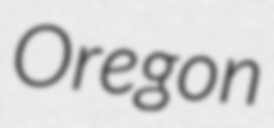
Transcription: Oregon